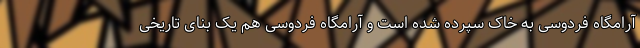
آرامگاه فردوسی به خاک سپرده شده است و آرامگاه فردوسی هم یک بنای تاریخی